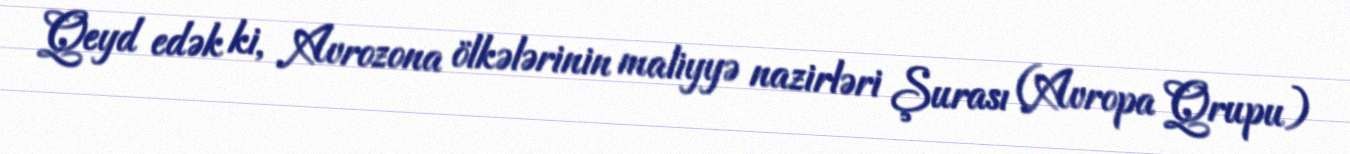
Qeyd edək ki, Avrozona ölkələrinin maliyyə nazirləri Şurası (Avropa Qrupu)